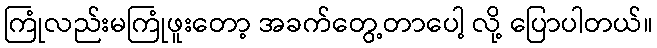
ကြုံလည်းမကြုံဖူးတော့ အခက်တွေ့တာပေါ့ လို့ ပြောပါတယ်။